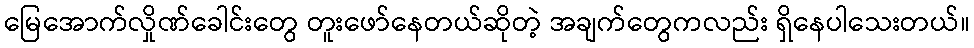
မြေအောက်လှိုဏ်ခေါင်းတွေ တူးဖော်နေတယ်ဆိုတဲ့ အချက်တွေကလည်း ရှိနေပါသေးတယ်။